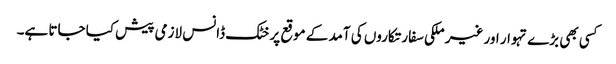
کسی بھی بڑے تہوار اور غیر ملکی سفارتکاروں کی آمد کے موقع پر خٹک ڈانس لازمی پیش کیا جاتا ہے۔